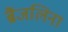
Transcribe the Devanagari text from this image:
ब्रैंजलिना